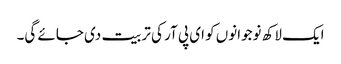
ایک لاکھ نوجوانوں کو ای پی آر کی تربیت دی جائے گی۔